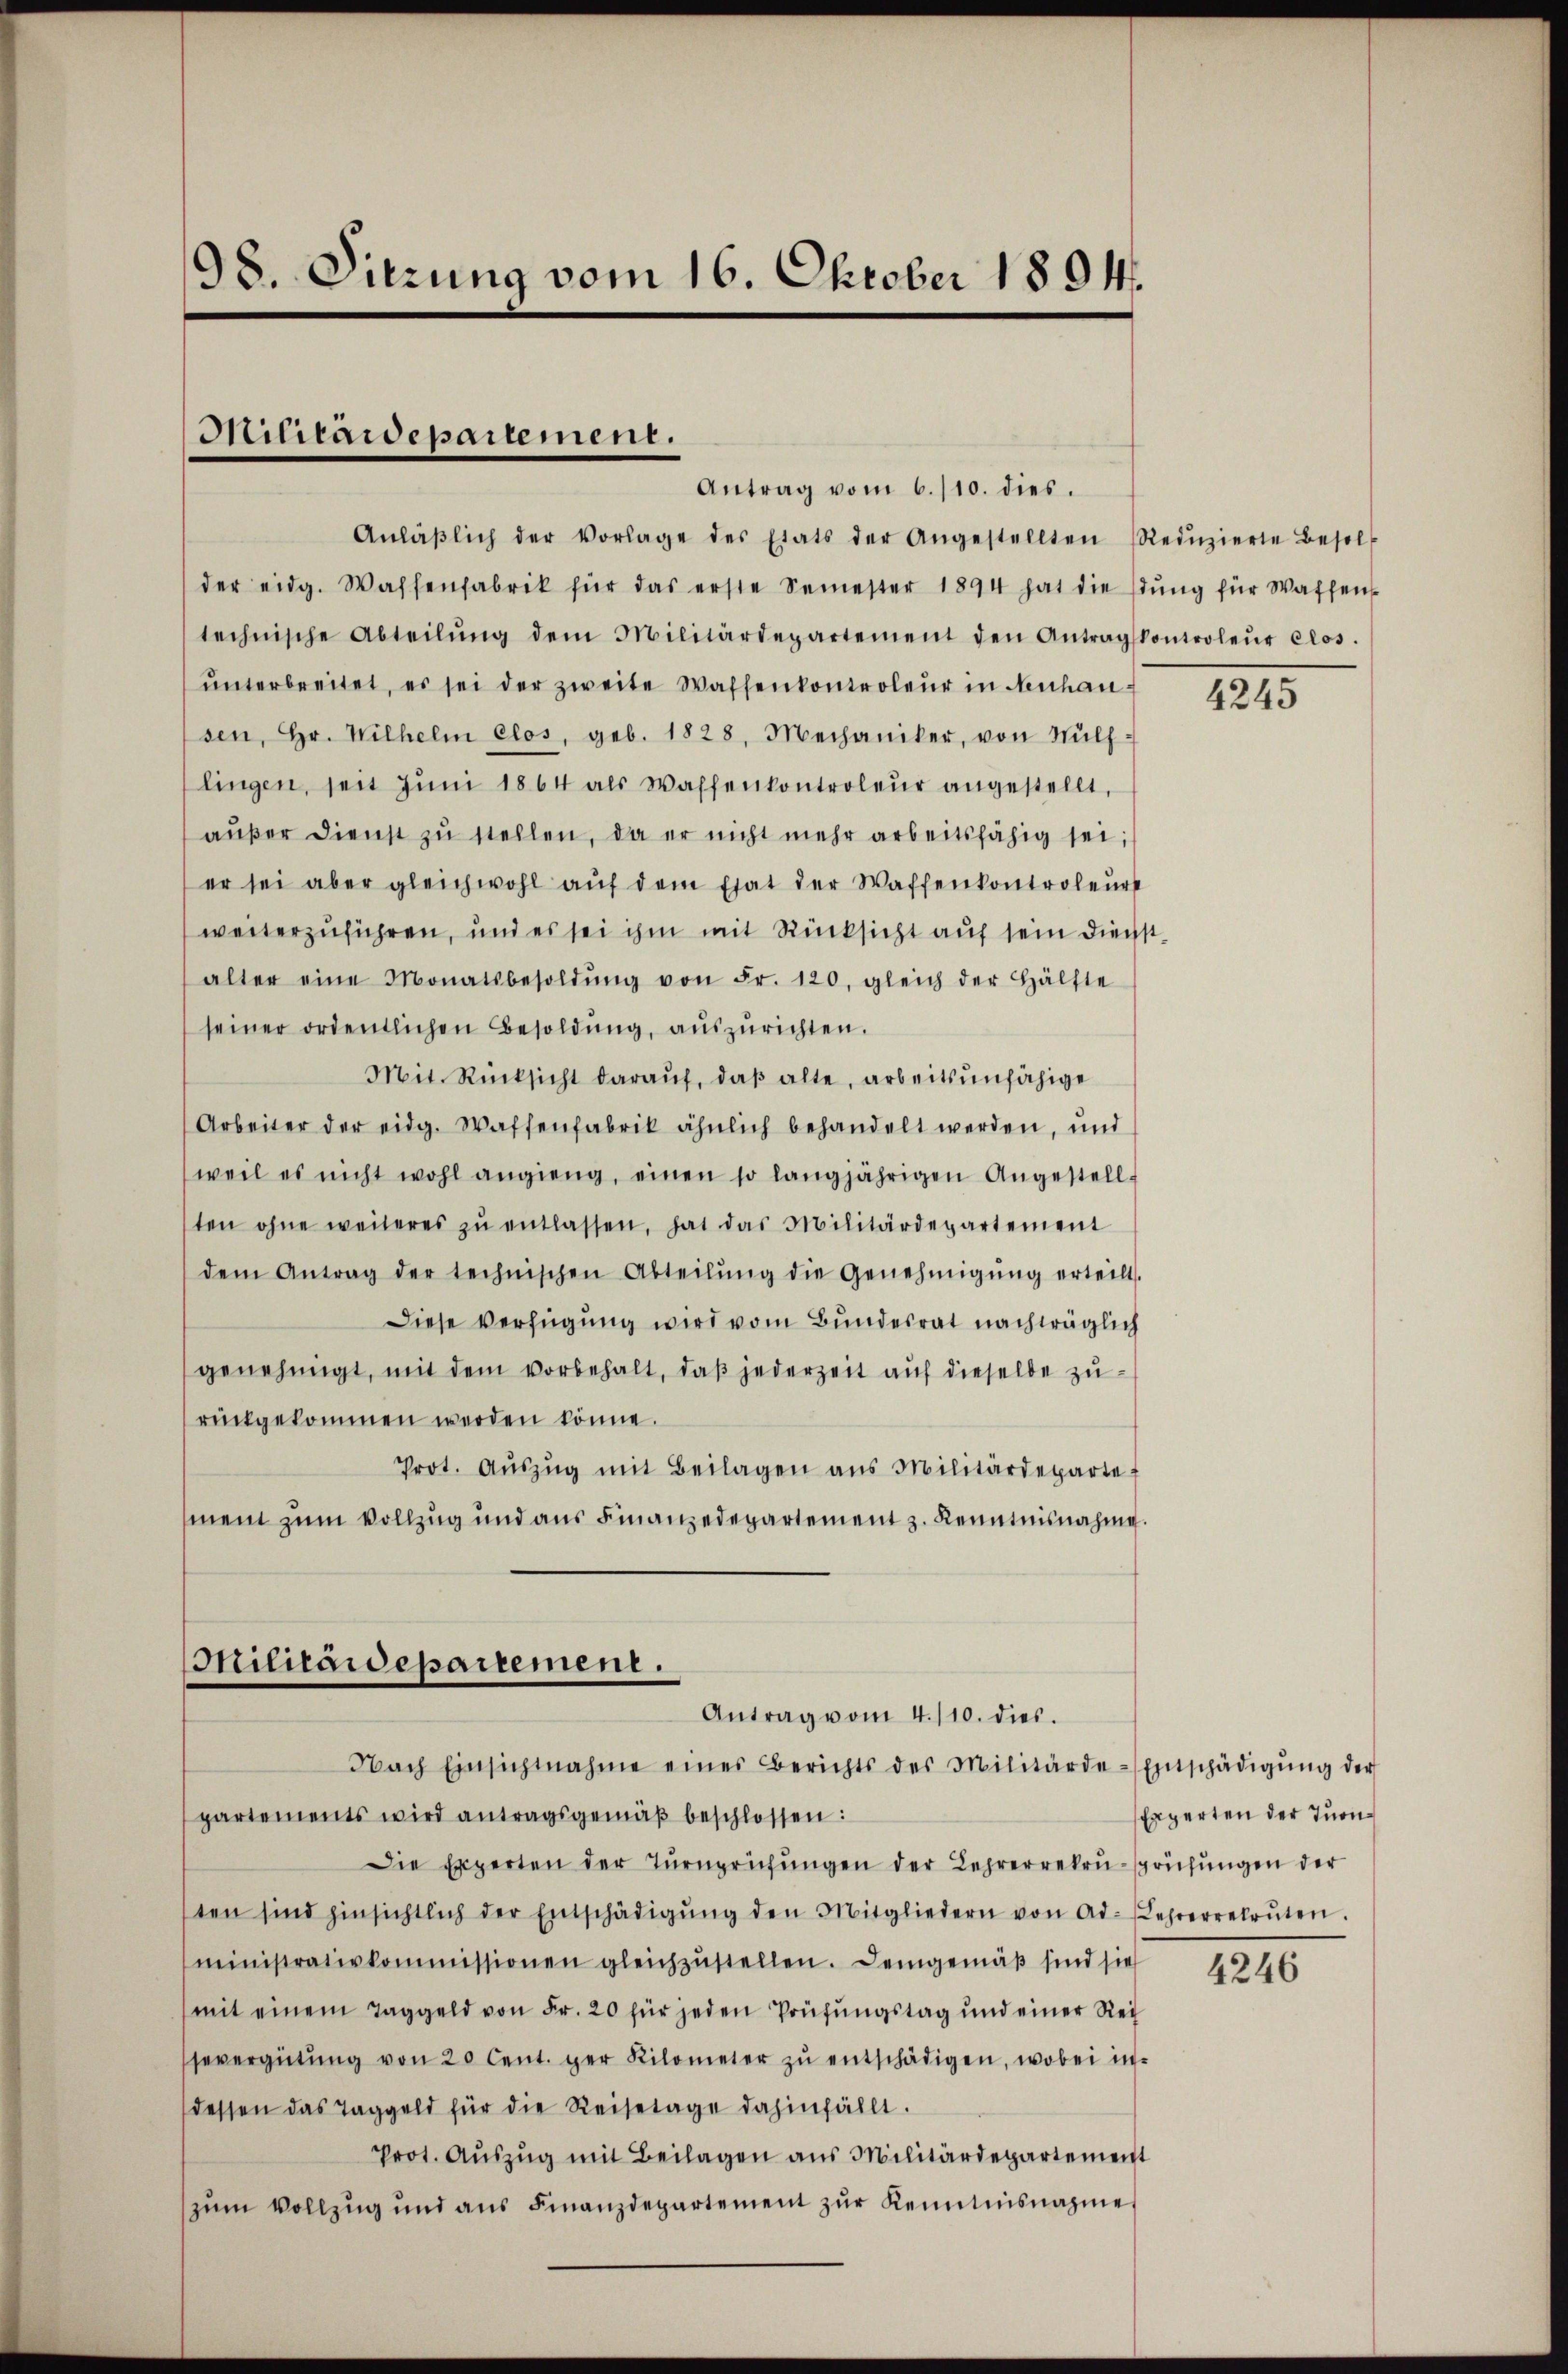
98. Sitzung vom 16. Oktober 1894.

Anläβlich der Vorlage des Etats der Angestellten (Redŭzierte Besol
der eidg. Waffenfabrik für das erste Semester 1894 hat die stŭng für Waffens
technische Abteilŭng dem Militärdepartement den Antragskontroleŭr clos.
ŭnterbreitet, es sei der zweite Waffenkontroleur in Neuhausen, Hr. Wilhelm clos, geb. 1828, Mechaniker, von Wülflingen, seit Jŭni 1864 als Waffenkontroleur angestellt,
aŭβer dienst zŭ stellen, da er nicht mehr arbeitsfähig sei;
er sei aber gleichwohl aŭf dem Etat der Waffenkontroleur
weiterzuführen, und es sei ihm mit Rücksicht auf sein Dienstalter eine Monatsbesoldŭng von Fr. 120. gleich der Hälfte
seiner ordentlichen Besoldŭng, aŭszŭrichten.
Mit. Rücksicht darauf, daβ alte, arbeitsunfähige
Arbeiter der eidg. Waffenfabrik ähnlich behandelt werden, und
weil es nicht wohl angieng, einen so langjährigen Angestell-
ten ohne weiteres zŭ entlassen, hat das Militärdepartement
dem Antrag der technischen Abteilŭng die Genehmigŭng erteilt.
Diese Verfügung wird vom Bundesrat nachträglich
genehmigt, mit dem vorbehalt, daß jederzeit auf dieselbe zurückgekommen werden könne.
Prot. Aŭszŭg mit Beilagen aus Militärdeparte
ment zum Vollzug und aus Finanzedepartement z. Kenntnisnahme.

Militaidepartement.

Antrag vom 6./10. dies.

Militaidepartement.
Antrag vom 4./10. dies.

Nach Einsichtnahme eines Berichts des Militärde-Entschädigŭng der
partements wird antragsgemäß beschlossen:
Die Experten der Tŭrnprüfŭngen der Lehrenrekrŭ-sprüchŭngen der
ten sind hinsichtlich der Entschädigŭng den Mitgliedern von Ad-Lehrerretrŭten.
ministrativkommissionen gleichzŭstellen. Demgemäβ sind sie
(mit einem Taggeld von Fr. 20 für jeden Prüfungstag und einer Rei
severgütŭng von 20 Cent. der Kilometer zŭ entschädigen, wobei in-
dessen das Taggeld für die Reisetage dahinfällt.
Prot. Aŭszŭg mit Beilagen aus Militärdepartement
zum Vollzug und ans Finanzdepartement zŭr Kenntnisnahme

1215

Erperten der Tuon¬

4246